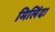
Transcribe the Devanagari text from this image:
मिलिंदा